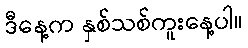
ဒီနေ့က နှစ်သစ်ကူးနေ့ပါ။